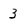
Character: 3